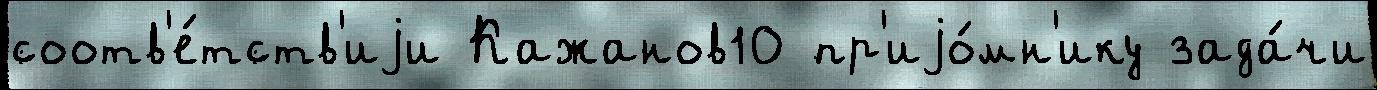
соотв'е́тств'иjи Кажанов10 пр'иjо́мн'ику зада́чи